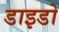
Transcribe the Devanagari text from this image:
डाइडो